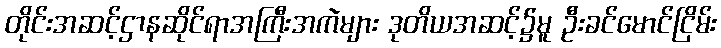
တိုင်းအဆင့်ဌာနဆိုင်ရာအကြီးအကဲများ ဒုတိယအဆင့်၌မူ ဦးခင်မောင်ငြိမ်း